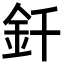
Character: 釺